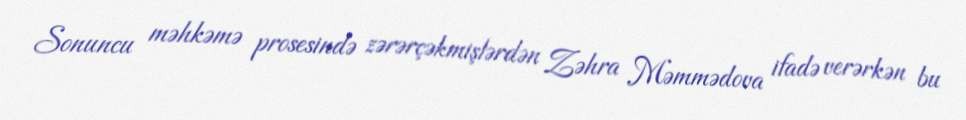
Sonuncu məhkəmə prosesində zərərçəkmişlərdən Zəhra Məmmədova ifadə verərkən bu